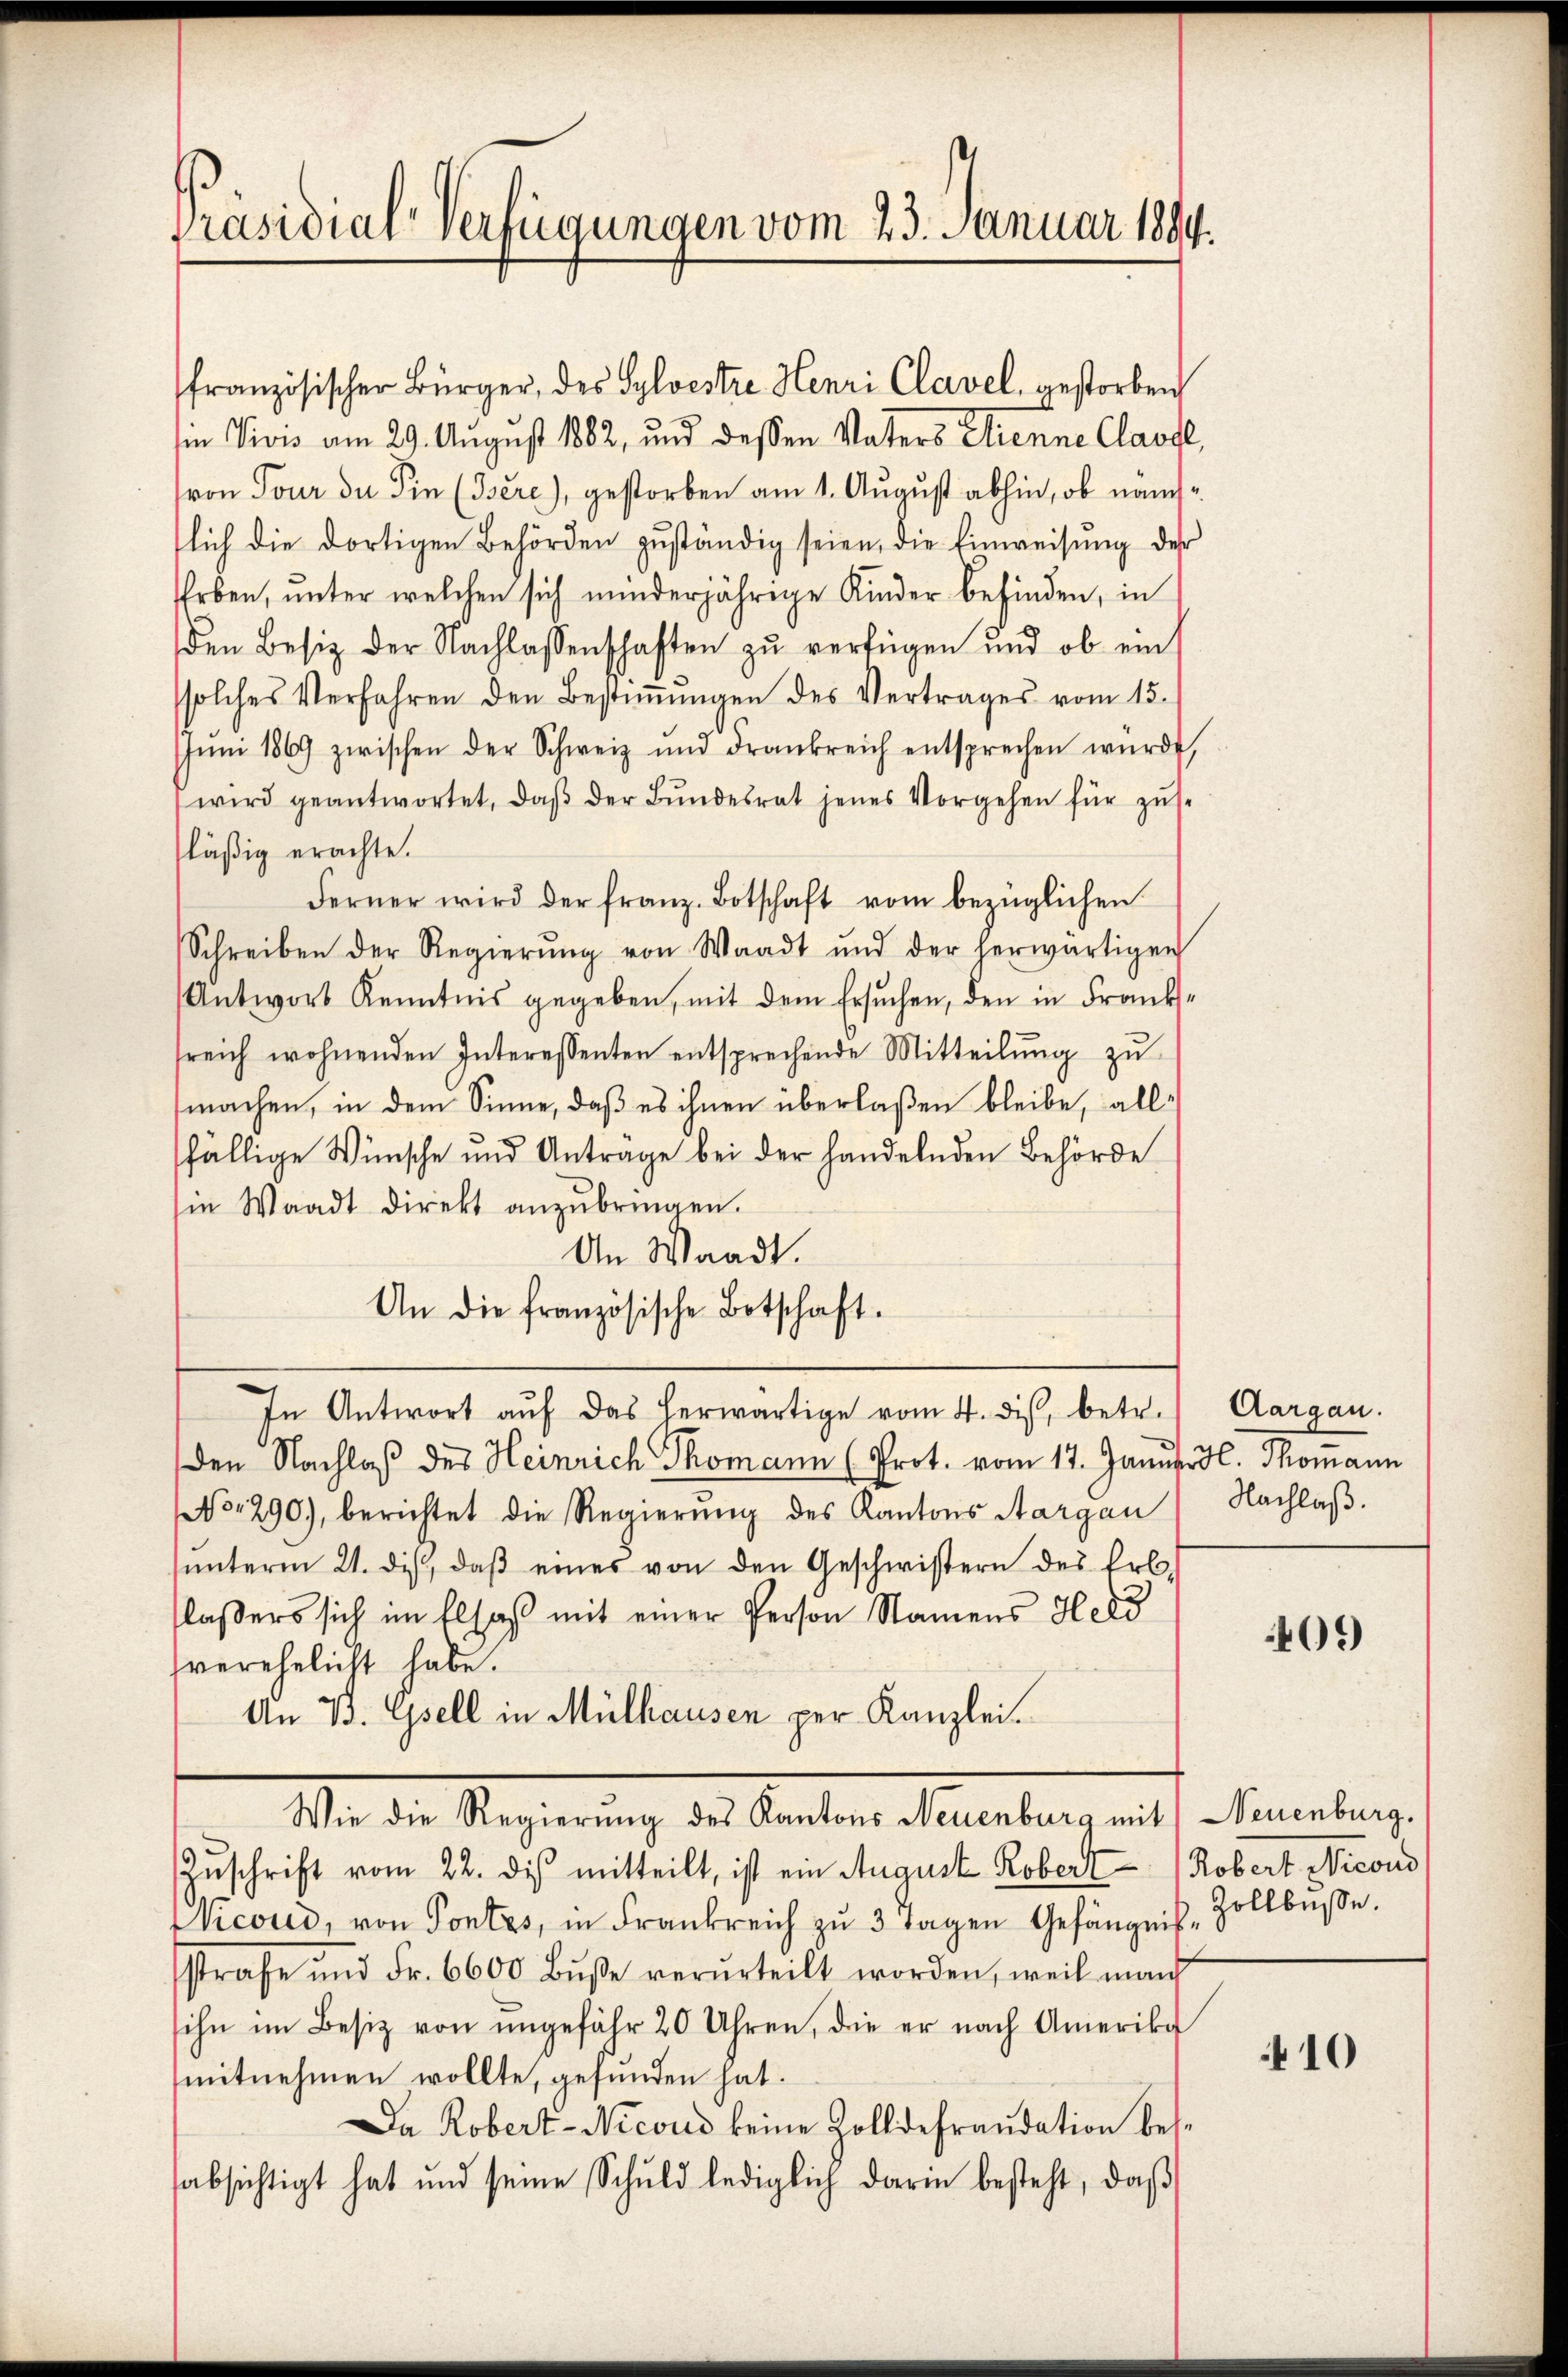
Präsidial-Verfügungen vom 23. Januar 1884.

französischer Bürger, des Sylvestre Henri Clavel, gestorben
in Vivis am 29. August 1882, und dessen Vaters Clienne Clavel,
(von Tour du Sin (Bere), gestorben am 1. August abhin, ob nämlich die dortigen Behörden zŭständig seien, die Einweisŭng der
Erben, ŭnter welchen sich minderjährige Kinder befinden, in
den Besitz der Nachlassenschaften zŭ verfügen und ob ein
solches Verfahren den Bestiṁŭngen des Vertrages vom 15.
Jŭni 1869 zwischen der Schweiz und drankreich entsprechen würde,
wird geantwortet, daβ der Bŭndesrat jenes Vorgehen für zŭs-
fläßig erachte.
Ferner wird der franz. Botschaft vom bezüglichen
Schreiben der Regierŭng von Waadt und der herwärtigen
Antwort Kenntnis gegeben, mit dem Ersŭchen, den in Frank-
sreich wohnenden Interessenten entsprechende Mitteilŭng zŭ
machen, in dem Sinne, daß es ihnen überlaßen bleibe, allfällige Wünsche und Antrage bei der handelnden Behörde
in Waadt direkt anzŭbringen.
An Waadt.
An die französische Botschaft.
In Antwort aŭf das herwärtige vom 4. dis, betr. Aargau.
den Nachlaß des Heinrich Thomann (Prot. vom 17. Januar H. Thomann
No 1290), berichtet die Regierung des Kantons Aargau) Nachlaβ.
ŭnterm 21. dis, daβ eines von den Geschwistern des Erbs
laßers sich im Elsaß mit einer Person Namens Herd
verehelicht habe.
An B. Gsell in Mülhausen per Kanzlei.
Wie die Regierung des Kantons Neuenburg mit Neuenburg.
Zuschrift vom 22. dis mitteilt, ist ein August Robert Robert Nicoud
icoud, von Pontes, in Frankreich zŭ 3 Tagen Gefängnis-Zollbüße.
sstrafe und Fr. 6600 Bŭβe verurteilt worden, weil man
sihn im Besitz von ungefähr 20 Uhren, die er nach Amerika
mitnehmen wollte, gefunden hat.
Da Robert-Nicous keine Zolldefraudation bessabsichtigt hat und seine Schuld lediglich darin besteht, daβ

409

410